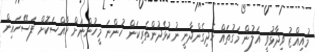
މުއިއްޒު ވިދާޅުވީ އަލުން މަގުތައް ހެދިގެންދާނީ ނުކުޅެދުންތެރިކަން ހުންނަ މީހުންނަށް ހާއްސަކޮށް ފަސޭހައިން